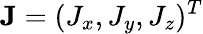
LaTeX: \mathbf{J}=(J_{x},J_{y},J_{z})^{T}